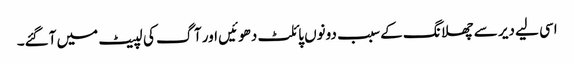
اسی لیے دیر سے چھلانگ کے سبب دونوں پائلٹ دھوئیں اور آگ کی لپیٹ میں آگئے۔